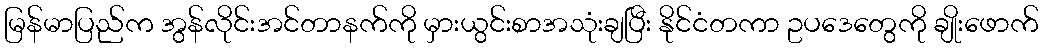
မြန်မာပြည်က အွန်လိုင်းအင်တာနက်ကို မှားယွင်းစာအသုံးချပြီး နိုင်ငံတကာ ဥပဒေတွေကို ချိုးဖောက်